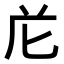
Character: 𭅐